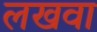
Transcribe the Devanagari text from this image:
लखवा